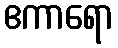
ဧကာရော